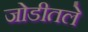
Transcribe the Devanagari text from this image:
जोडीतले